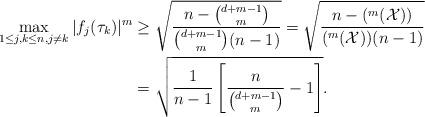
LaTeX: \begin{align*} \max _{1\leq j,k \leq n, j\neq k}|f_j(\tau_k)|^m&\geq\sqrt{\frac{n-{d+m-1 \choose m}}{{d+m-1 \choose m}(n-1)}}= \sqrt{\frac{n-(^m(\mathcal{X}))}{(^m(\mathcal{X}))(n-1)}}\\ &=\sqrt{\frac{1}{n-1}\left[\frac{n}{{d+m-1\choose m}}-1\right]}. \end{align*}